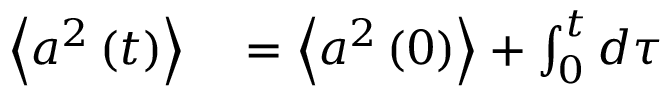
\begin{array} { r l } { \left\langle a ^ { 2 } \left( t \right) \right\rangle } & { { } = \left\langle a ^ { 2 } \left( 0 \right) \right\rangle + \int _ { 0 } ^ { t } d \tau } \end{array}